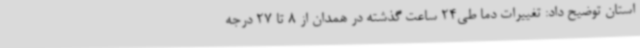
استان توضیح داد: تغییرات دما طی24 ساعت گذشته در همدان از 8 تا 27 درجه